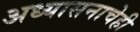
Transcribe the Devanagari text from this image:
अध्यासनाचेही